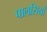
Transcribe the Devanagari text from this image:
पालसियों